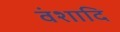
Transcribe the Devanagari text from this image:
वंशादि